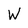
Character: W